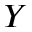
Y